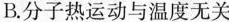
B.分子热运动与温度无关